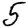
Digit: 5